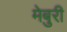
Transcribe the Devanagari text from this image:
मेबुरी